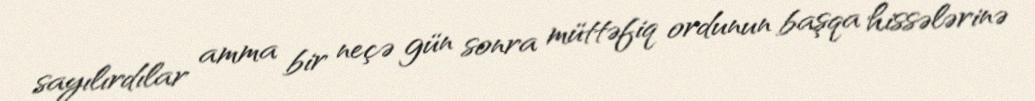
sayılırdılar amma bir neçə gün sonra müttəfiq ordunun başqa hissələrinə